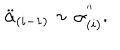
LaTeX: \ddot { \alpha } _ { ( i - 1 ) } \sim \alpha _ { ( i ) } ^ { ' ^ { \prime } } .